画像に写った文字を読んでください
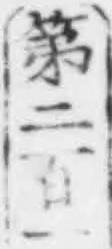
「第二百一」と書いてあります